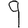
Digit: 9